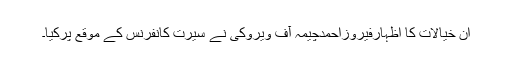
ان خیالات کا اظہارفیروزاحمدچیمہ آف ویروکی نے سیرت کانفرنس کے موقع پرکیا۔